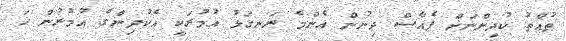
ތުއްތު ކުދިންނަށް ޕެއާސް ދިނުން އެންމެ ރަނގަޅު އުމުރަކީ އެކުދިންގެ އުމުރުން ހަ